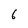
Character: 6